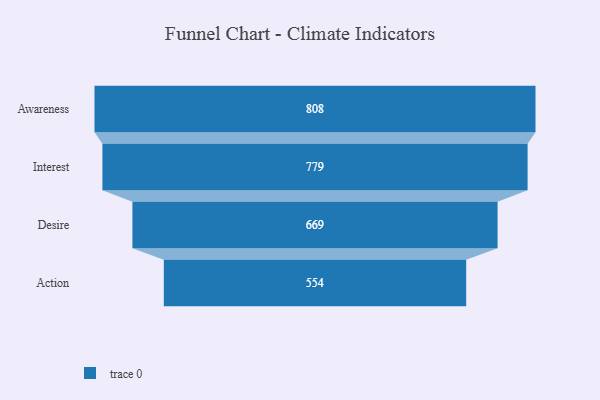
{"axis": {"x": "Stage", "y": "Value"}, "legend": [""], "data": [{"x": "Awareness", "y": 808.0, "type": ""}, {"x": "Interest", "y": 779.0, "type": ""}, {"x": "Desire", "y": 669.0, "type": ""}, {"x": "Action", "y": 554.0, "type": ""}]}